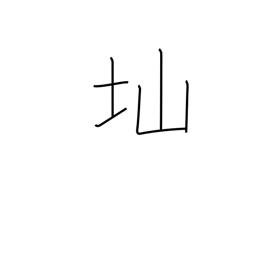
Meaning: steep slope